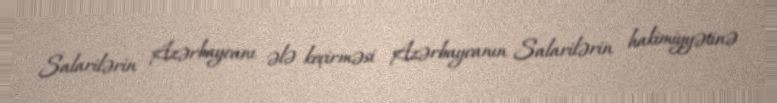
Salarilərin Azərbaycanı ələ keçirməsi Azərbaycanın Salarilərin hakimiyyətinə